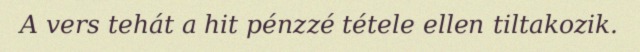
A vers tehát a hit pénzzé tétele ellen tiltakozik.